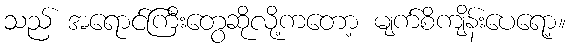
သည် အရောင်ကြီးတွေဆိုလို့ကတော့ မျက်စိကျိန်းပေရော့။